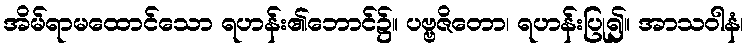
အိမ်ရာမထောင်သော ရဟန်း၏ဘောင်၌။ ပဗ္ဗဇိတော၊ ရဟန်းပြု၍။ အာသဝါနံ၊